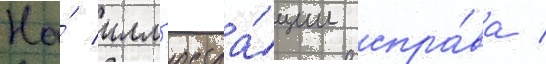
На́ илл'юстра́ции спра́ва /